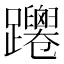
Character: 𨇴